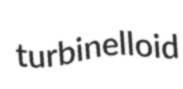
turbinelloid